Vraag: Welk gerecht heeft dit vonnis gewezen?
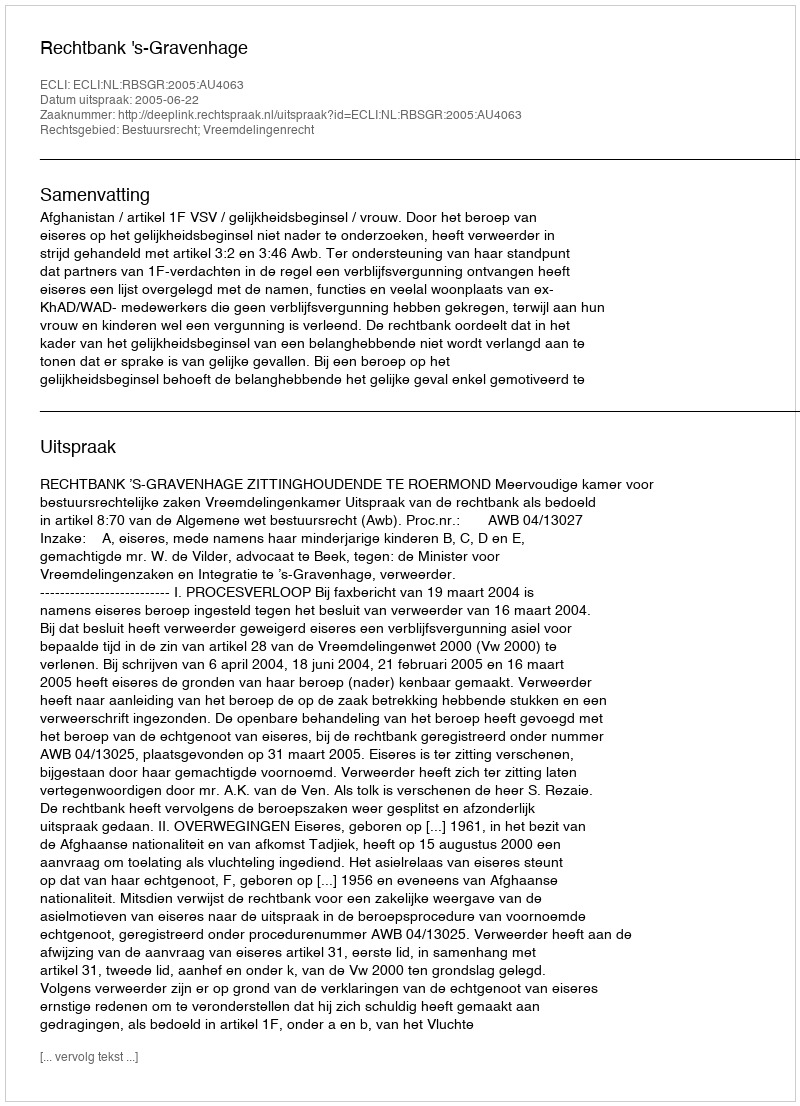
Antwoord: Rechtbank 's-Gravenhage